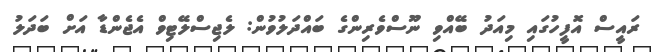
ރައީސް އޮފީހުގައި މިއަދު ބޭއްވި ނޫސްވެރިންގެ ބައްދަލުވުން: ލެޖިސްލޭޓިވް އެޖެންޑާ އަށް ބަދަލު